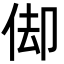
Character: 㑢